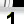
Digit: 1